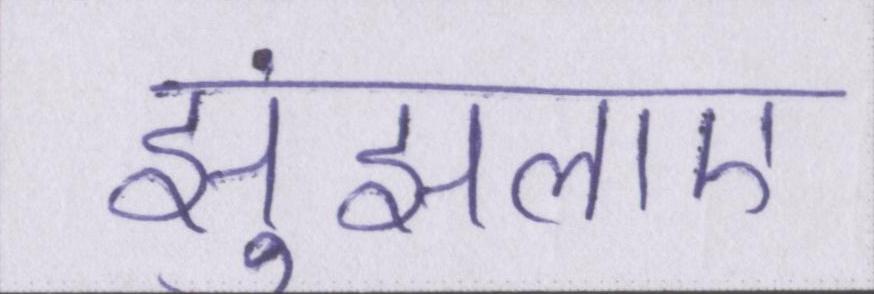
झुंझलाए